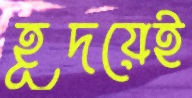
হূদয়েই